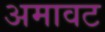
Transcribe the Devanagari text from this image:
अमावट